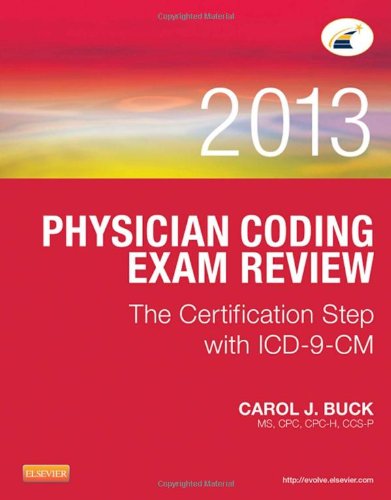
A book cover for Physician Coding Exam Review 2013: The Certification Step with ICD-9-CM, 1e; Carol J. Buck MS  CPC  CCS-P; Medical Books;